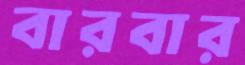
বারবার